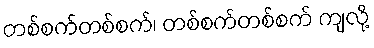
တစ်စက်တစ်စက်၊ တစ်စက်တစ်စက် ကျလို့